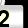
Digit: 2